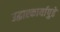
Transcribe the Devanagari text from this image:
उद्धारकार्यापुढे